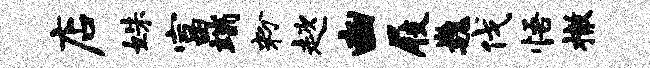
店姝富端粉趑豳屐巍伐悟撤